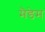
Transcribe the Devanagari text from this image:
मैडेम